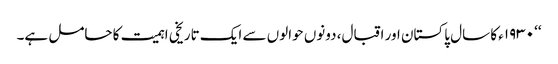
‘‘ ١٩٣٠ء کا سال پاکستان اور اقبال، دونوں حوالوں سے ایک تاریخی اہمیت کا حامل ہے۔